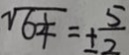
\sqrt { 6 \frac { 1 } { 4 } } = \pm \frac { 5 } { 2 }